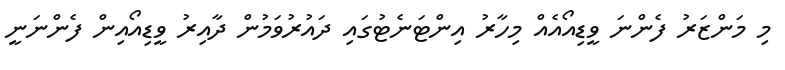
މި މަންޒަރު ފެންނަ ވީޑިއޯއެއް މިހާރު އިންޓަނެޓުގައި ދައުރުވަމުން ދާއިރު ވީޑިއޯއިން ފެންނަނީ